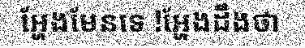
អ្ហែងមែនទេ !អ្ហែងដឹងថា